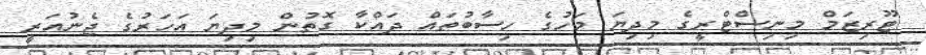
ޓޫރިޒަމް މިނިސްޓްރީގެ މިދިޔަ މަހުގެ ހިސާބުތައް ދައްކާ ގޮތުން މިދިޔަ އަހަރުގެ ޖެނުއަރީ